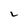
Character: L